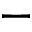
-